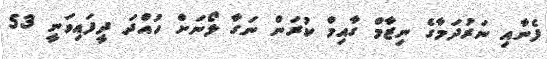
ފެނާއި ނަރުދަމާގެ ނިޒާމް ގާއިމް ކުރަން ނަގާ ލޯނަށް ހުއްދަ ދީފައިވަނީ 53